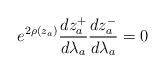
LaTeX: \begin{align*} e^{2\rho(z_a)} \frac{dz_a^+}{d\lambda_a} \frac{dz_a^-}{d\lambda_a} = 0\end{align*}